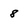
Character: 8